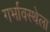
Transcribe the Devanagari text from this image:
गर्भावस्थेला